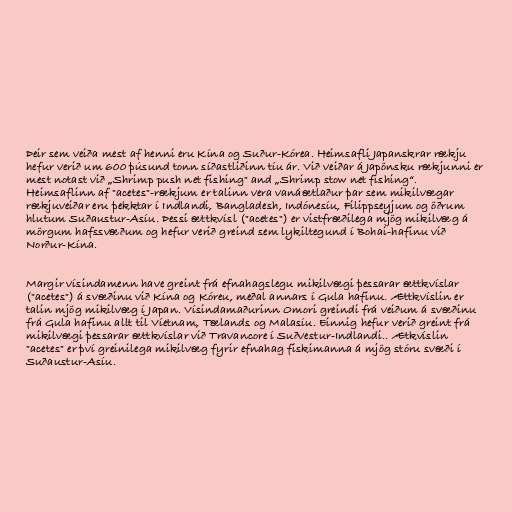
Þeir sem veiða mest af henni eru Kína og Suður-Kórea. Heimsafli Japanskrar rækju
hefur verið um 600 þúsund tonn síðastliðinn tíu ár. Við veiðar á Japönsku rækjunni er
mest notast við „Shrimp push net fishing" and „Shrimp stow net fishing“.
Heimsaflinn af "acetes"-rækjum er talinn vera vanáætlaður þar sem mikilvægar
rækjuveiðar eru þekktar í Indlandi, Bangladesh, Indónesíu, Filippseyjum og öðrum
hlutum Suðaustur-Asíu. Þessi ættkvísl ("acetes") er vistfræðilega mjög mikilvæg á
mörgum hafssvæðum og hefur verið greind sem lykiltegund í Bohai-hafinu við
Norður-Kína.

Margir vísindamenn have greint frá efnahagslegu mikilvægi þessarar ættkvíslar
("acetes") á svæðinu við Kína og Kóreu, meðal annars í Gula hafinu. Ættkvíslin er
talin mjög mikilvæg í Japan. Vísindamaðurinn Omori greindi frá veiðum á svæðinu
frá Gula hafinu allt til Víetnam, Tælands og Malasíu. Einnig hefur verið greint frá
mikilvægi þessarar ættkvíslar við Travancore í Suðvestur-Indlandi.. Ætkvíslin
"acetes" er því greinilega mikilvæg fyrir efnahag fiskimanna á mjög stóru svæði í
Suðaustur-Asíu.